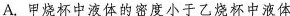
A.甲烧杯中液体的密度小于乙烧杯中液体